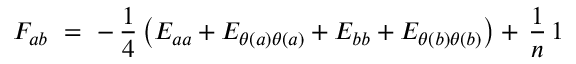
F _ { a b } ~ = ~ - \, { \frac { 1 } { 4 } } \left( E _ { a a } + E _ { \theta ( a ) \theta ( a ) } + E _ { b b } + E _ { \theta ( b ) \theta ( b ) } \right) + \, { \frac { 1 } { n } } \, 1